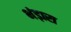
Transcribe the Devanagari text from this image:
भंड़ारा